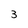
Character: 3